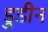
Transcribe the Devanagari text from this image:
डुडीन